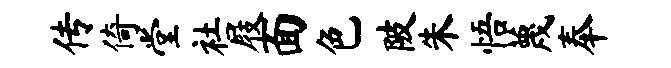
传倚堂社屐面色陂朱悟蔑奉